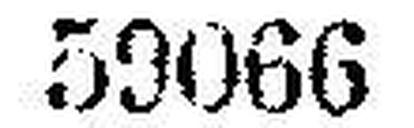
59066